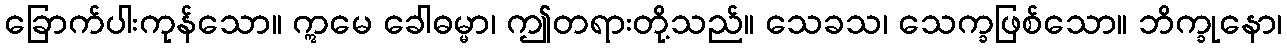
ခြောက်ပါးကုန်သော။ ဣမေ ခေါဓမ္မာ၊ ဤတရားတို့သည်။ သေခသ၊ သေက္ခဖြစ်သော။ ဘိက္ခုနော၊